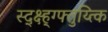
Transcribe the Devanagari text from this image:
स्द्क्ष्ह्ग्फ्तुय्त्कि